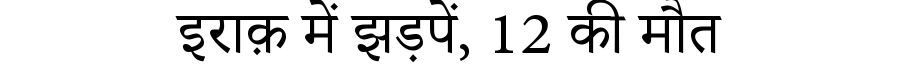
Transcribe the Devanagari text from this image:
इराक़ में झड़पें, 12 की मौत